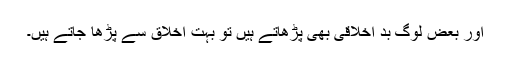
اور بعض لوگ بد اخلاقی بھی پڑھاتے ہیں تو بہت اخلاق سے پڑھا جاتے ہیں۔